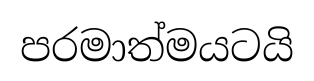
පරමාත්මයටයි